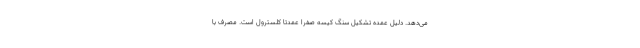
می‌دهد. دلیل عمده تشکیل سنگ کیسه صفرا عمدتاً کلسترول است. مصرف با